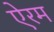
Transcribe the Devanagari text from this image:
ऐरम